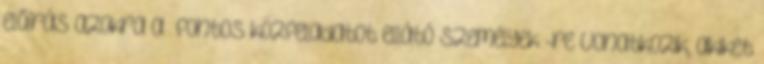
előírás azokra a „fontos közfeladatot ellátó személyek”-re vonatkozik, akiket